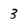
Character: 3